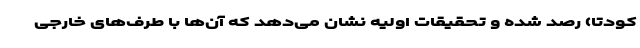
کودتا) رصد شده و تحقیقات اولیه نشان می‌دهد که آن‌ها با طرف‌های خارجی